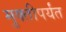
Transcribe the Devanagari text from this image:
मुक्तीपर्यंत